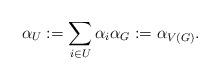
LaTeX: \begin{align*}\alpha_U := \sum_{i \in U} \alpha_i \alpha_G := \alpha_{V(G)}.\end{align*}